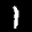
Label: 1